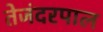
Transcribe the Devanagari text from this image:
तेजंदरपाल